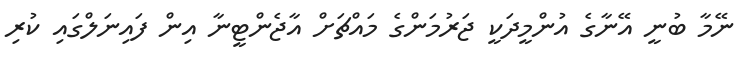
ނޭމާ ބުނީ އޭނާގެ އުންމީދަކީ ޖަރުމަންގެ މައްޗަށް އާޖެންޓީނާ އިން ފައިނަލްގައި ކުރި